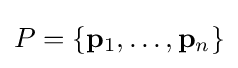
P=\{\mathbf {p} _{1},\dots ,\mathbf {p} _{n}\}